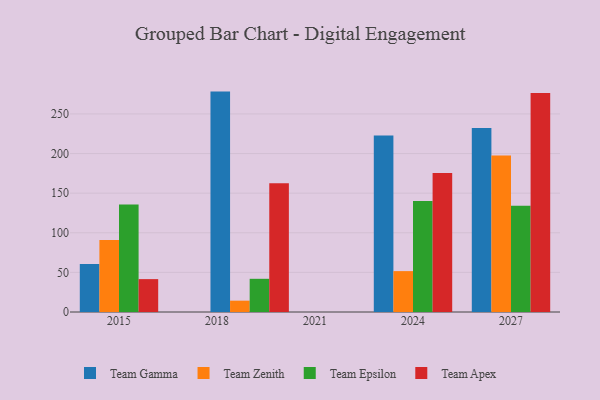
{"axis": {"x": "Year", "y": "Market Share (%)"}, "legend": ["Team Apex", "Team Epsilon", "Team Gamma", "Team Zenith"], "data": [{"x": "2019", "y": 278.2, "type": "Team Gamma"}, {"x": "2019", "y": 14.3, "type": "Team Zenith"}, {"x": "2019", "y": 41.9, "type": "Team Epsilon"}, {"x": "2019", "y": 162.4, "type": "Team Apex"}, {"x": "2015", "y": 60.6, "type": "Team Gamma"}, {"x": "2015", "y": 90.8, "type": "Team Zenith"}, {"x": "2015", "y": 135.7, "type": "Team Epsilon"}, {"x": "2015", "y": 41.5, "type": "Team Apex"}, {"x": "2027", "y": 232.1, "type": "Team Gamma"}, {"x": "2027", "y": 197.6, "type": "Team Zenith"}, {"x": "2027", "y": 134.2, "type": "Team Epsilon"}, {"x": "2027", "y": 276.4, "type": "Team Apex"}, {"x": "2024", "y": 222.9, "type": "Team Gamma"}, {"x": "2024", "y": 51.6, "type": "Team Zenith"}, {"x": "2024", "y": 140.0, "type": "Team Epsilon"}, {"x": "2024", "y": 175.4, "type": "Team Apex"}]}